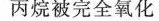
的丙烷被完全氧化